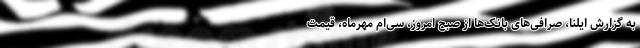
به گزارش ایلنا، صرافی‌های بانک‌ها از صبح امروز، سی‌ام مهرماه، قیمت